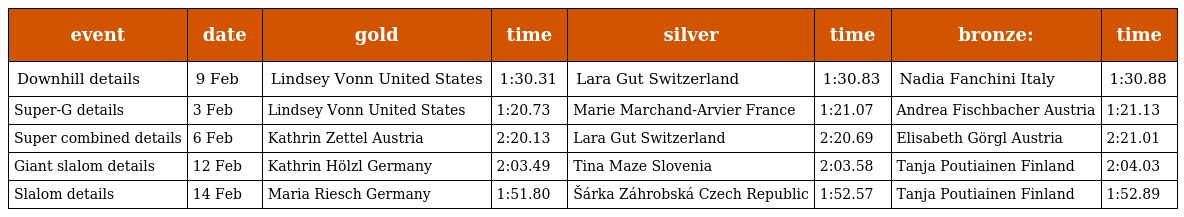
| event | date | gold | time | silver | time | bronze: | time |
 | --- | --- | --- | --- | --- | --- | --- | --- |
 | Downhill details | 9 Feb | Lindsey Vonn United States | 1:30.31 | Lara Gut Switzerland | 1:30.83 | Nadia Fanchini Italy | 1:30.88 |
 | Super-G details | 3 Feb | Lindsey Vonn United States | 1:20.73 | Marie Marchand-Arvier France | 1:21.07 | Andrea Fischbacher Austria | 1:21.13 |
 | Super combined details | 6 Feb | Kathrin Zettel Austria | 2:20.13 | Lara Gut Switzerland | 2:20.69 | Elisabeth Görgl Austria | 2:21.01 |
 | Giant slalom details | 12 Feb | Kathrin Hölzl Germany | 2:03.49 | Tina Maze Slovenia | 2:03.58 | Tanja Poutiainen Finland | 2:04.03 |
 | Slalom details | 14 Feb | Maria Riesch Germany | 1:51.80 | Šárka Záhrobská Czech Republic | 1:52.57 | Tanja Poutiainen Finland | 1:52.89 |